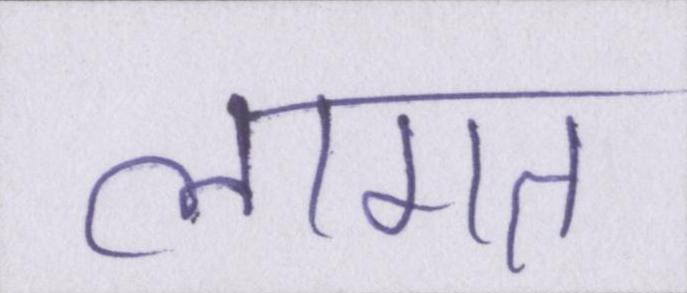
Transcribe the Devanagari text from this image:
लागत